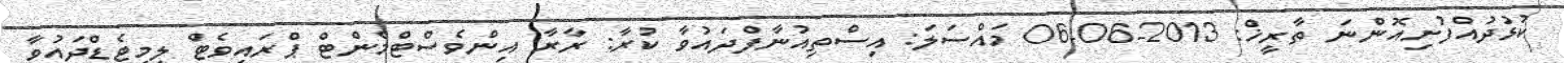
ކުޅުދުއްފުށިއޮންނަ ތާރީޚް: 2013-06-06 މައްސަލަ: އިސްތިއުނާފްދައުވާ ކުރާ: ރާރާ އިންވެސްޓްމެންޓް ޕްރައިވެޓް ލިމިޓެޑްދައުވާ